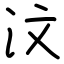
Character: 汶